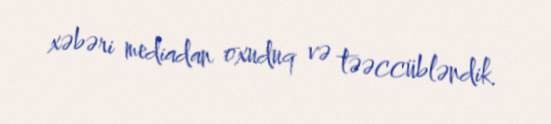
xəbəri mediadan oxuduq və təəccübləndik.